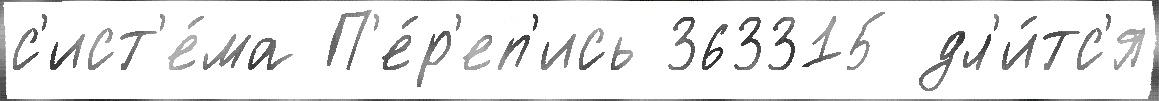
с'ист'е́ма П'е́р'еп'ись 363315 дл'и́тс'я